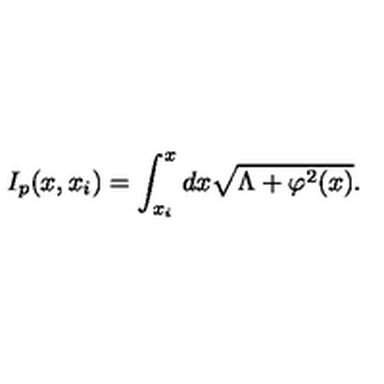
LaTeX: I _ { p } ( x , x _ { i } ) = \int _ { x _ { i } } ^ { x } { d x \sqrt { \Lambda + \varphi ^ { 2 } ( x ) } } .